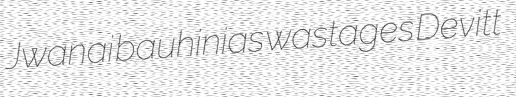
Jwanai bauhinias wastages Devitt